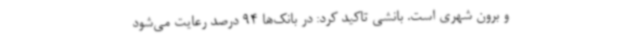
و برون شهری است. بانشی تاکید کرد: در بانک‌ها 94 درصد رعایت می‌شود